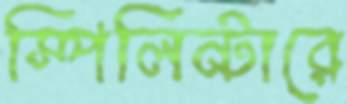
স্পিলিন্টারে